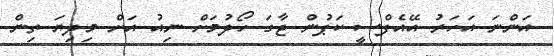
އަންނަ އަހަރު އޭއެފްސީ ކަޕުން ޖާގަ ހޯދުމަށް ނިއު އަށް މިދިޔަ ތިން